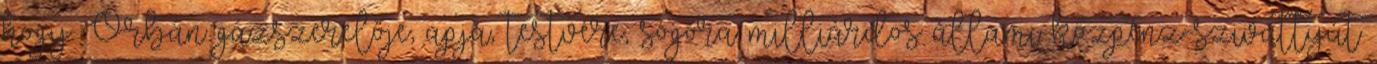
hogy Orbán gázszerelője, apja, testvére, sógora milliárdos állami közpénz-szivattyút